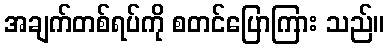
အချက်တစ်ရပ်ကို စတင်ပြောကြား သည်။